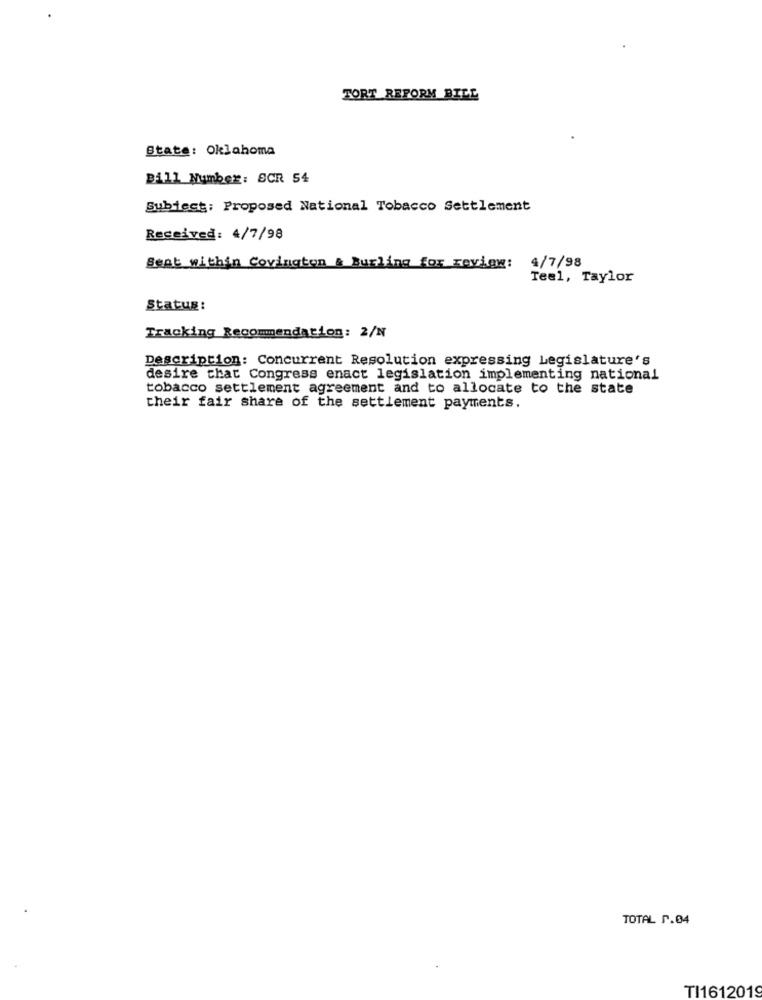
TORT REFORM BILL
State: Oklahoma
Bill Number: SCR 54
Subject: Proposed National Tobacco Settlement
Received: 4/7/98
Sent within Covington & Burling for review:
4/7/98
Teel, Taylor
Status:
Tracking Recommendation: 2/N
Description: Concurrent Resolution expressing Legislature's
desire that Congress enact legislation implementing national
tobacco settlement agreement and to allocate to the state
their fair share of the settlement payments.
TOTAL P.04
TI1612019